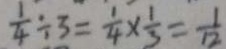
\frac { 1 } { 4 } \div 3 = \frac { 1 } { 4 } \times \frac { 1 } { 3 } = \frac { 1 } { 1 2 }